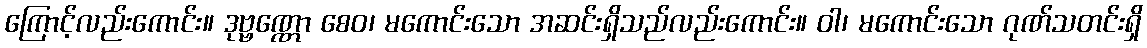
ကြောင့်လည်းကောင်း။ ဒုဗ္ဗဏ္ဏော စေဝ၊ မကောင်းသော အဆင်းရှိသည်လည်းကောင်း။ ဝါ၊ မကောင်းသော ဂုဏ်သတင်းရှိ